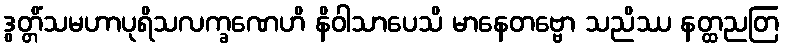
ဒွတ္တိံသမဟာပုရိသလက္ခဏေဟိ နိဝါသာပေသိ မာနေတဗ္ဗော သညိဿ နတ္ထညတြ